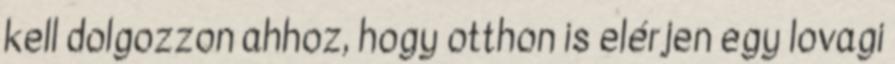
kell dolgozzon ahhoz, hogy otthon is elérjen egy lovagi